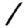
Digit: 1